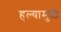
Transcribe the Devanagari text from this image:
हल्यामुळे